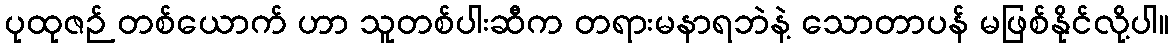
ပုထုဇဉ် တစ်ယောက် ဟာ သူတစ်ပါးဆီက တရားမနာရဘဲနဲ့ သောတာပန် မဖြစ်နိုင်လို့ပါ။